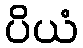
ပိယံ